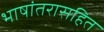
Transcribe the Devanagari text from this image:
भाषांतरासहित